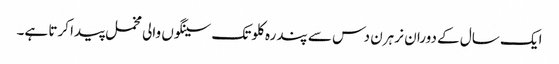
ایک سال کے دوران نر ہرن دس سے پندرہ کلو تک سینگوں والی مخمل پیدا کرتا ہے۔